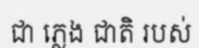
ជា ភ្លេង ជាតិ របស់